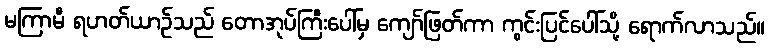
မကြာမီ ရဟတ်ယာဉ်သည် တောအုပ်ကြီးပေါ်မှ ကျော်ဖြတ်ကာ ကွင်းပြင်ပေါ်သို့ ရောက်လာသည်။